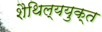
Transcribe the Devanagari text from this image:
शैथिल्ययुक्त